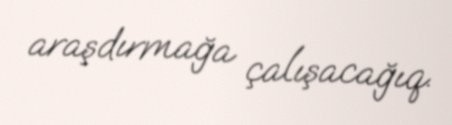
araşdırmağa çalışacağıq.